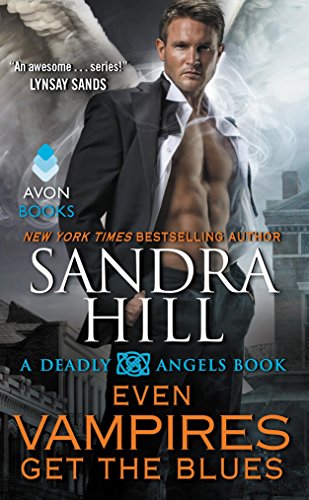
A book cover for Even Vampires Get the Blues: A Deadly Angels Book; Sandra Hill; Romance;